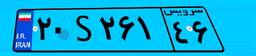
۶۵S۲۹۶۴۲